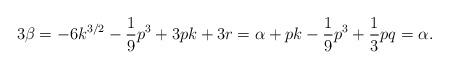
LaTeX: \begin{align*} 3\beta = -6k^{3/2} - \frac{1}{9} p^3 + 3pk + 3r = \alpha + pk - \frac{1}{9} p^3 + \frac{1}{3}pq = \alpha. \end{align*}